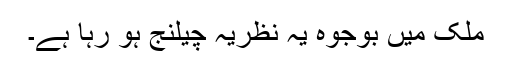
ملک میں بوجوہ یہ نظریہ چیلنج ہو رہا ہے۔